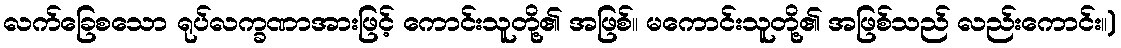
လက်ခြေစသော ရုပ်လက္ခဏာအားဖြင့် ကောင်းသူတို့၏ အဖြစ်။ မကောင်းသူတို့၏ အဖြစ်သည် လည်းကောင်း။)